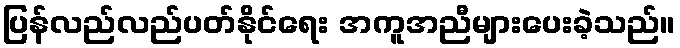
ပြန်လည်လည်ပတ်နိုင်ရေး အကူအညီများပေးခဲ့သည်။